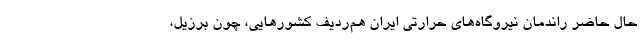
حال حاضر راندمان نیروگاه‌های حرارتی ایران هم‌ردیف کشورهایی، چون برزیل،